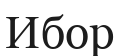
Ибор